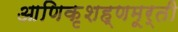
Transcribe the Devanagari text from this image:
आणिकृशह्णमूर्ती